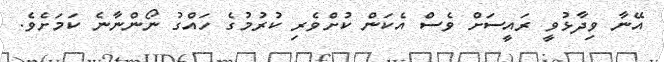
އޭނާ ވިދާޅުވީ ރައީސަށް ވެސް އެކަން ކުށްވެރި ކުރުމުގެ ހައްގު ނޯންނާނެ ކަމަށެވެ.